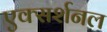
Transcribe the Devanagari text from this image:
एक्सर्शनल